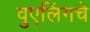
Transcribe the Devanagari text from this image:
वुएलिंगचे